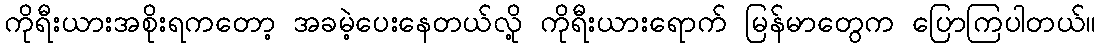
ကိုရီးယားအစိုးရကတော့ အခမဲ့ပေးနေတယ်လို့ ကိုရီးယားရောက် မြန်မာတွေက ပြောကြပါတယ်။